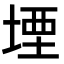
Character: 堙